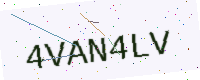
Text: 4VAN4LV